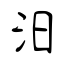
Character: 汨